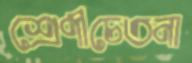
শ্রেণীচেতনা